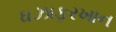
ઘઝાફરખાન